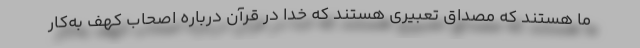
ما هستند که مصداق تعبیری هستند که خدا در قرآن درباره اصحاب کهف به‌کار